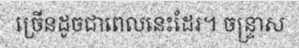
ច្រើនដូចជាពេលនេះដែរ។ ចន្ទ្រាស